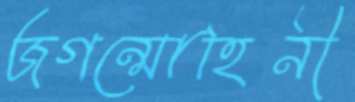
জগন্মোহিনী